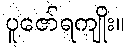
ပူဇော်ရကျိုး။